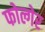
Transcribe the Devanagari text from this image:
फोल्गेर